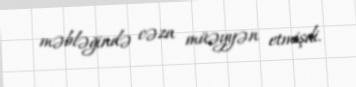
məbləğində cəza müəyyən etmişdi.